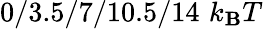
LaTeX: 0/3.5/7/10.5/14\, \, k_{\mathbf{B}}T